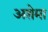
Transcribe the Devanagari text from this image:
अशेमा